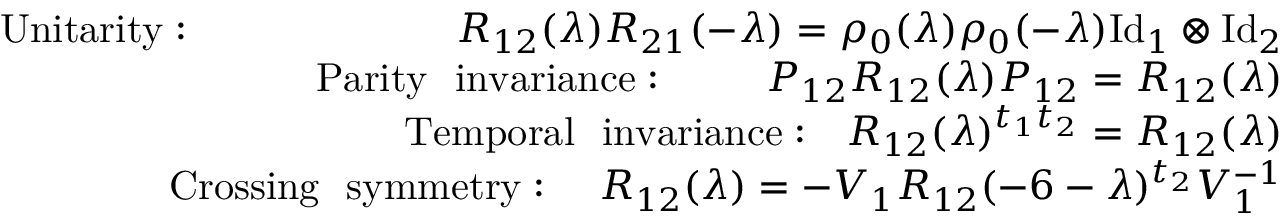
\begin{array} { r l r } & { } & { \mathrm { U n i t a r i t y : } ~ ~ ~ ~ ~ ~ ~ ~ ~ ~ ~ ~ ~ ~ ~ ~ ~ ~ ~ ~ R _ { 1 2 } ( \lambda ) R _ { 2 1 } ( - \lambda ) = \rho _ { 0 } ( \lambda ) \rho _ { 0 } ( - \lambda ) \mathrm { I d } _ { 1 } \otimes \mathrm { I d } _ { 2 } } \\ & { } & { \mathrm { P a r i t y ~ ~ i n v a r i a n c e : } ~ ~ ~ ~ ~ ~ ~ ~ P _ { 1 2 } R _ { 1 2 } ( \lambda ) P _ { 1 2 } = R _ { 1 2 } ( \lambda ) } \\ & { } & { \mathrm { T e m p o r a l ~ ~ i n v a r i a n c e : } ~ ~ ~ R _ { 1 2 } ( \lambda ) ^ { t _ { 1 } t _ { 2 } } = R _ { 1 2 } ( \lambda ) } \\ & { } & { \mathrm { C r o s s i n g ~ ~ s y m m e t r y : } ~ ~ ~ ~ R _ { 1 2 } ( \lambda ) = - V _ { 1 } R _ { 1 2 } ( - 6 - \lambda ) ^ { t _ { 2 } } V _ { 1 } ^ { - 1 } } \end{array}